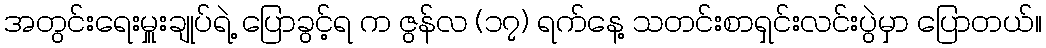
အတွင်းရေးမှူးချုပ်ရဲ့ ပြောခွင့်ရ က ဇွန်လ (၁၇) ရက်နေ့ သတင်းစာရှင်းလင်းပွဲမှာ ပြောတယ်။